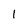
Character: l